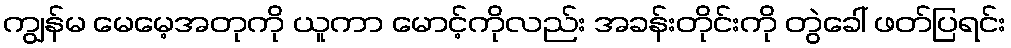
ကျွန်မ မေမေ့အတုကို ယူကာ မောင့်ကိုလည်း အခန်းတိုင်းကို တွဲခေါ် ဖတ်ပြရင်း